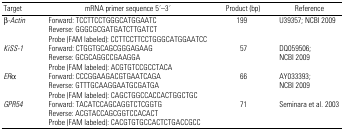
<table><thead><tr><td><b>Target</b></td><td><b>mRNA primer sequence 5′–3′</b></td><td><b>Product (bp)</b></td><td><b>Reference</b></td></tr></thead><tbody><tr><td>β<i>-Actin</i></td><td>Forward: TCCTTCCTGGGCATGGAATC</td><td>199</td><td>U39357; NCBI 2009</td></tr><tr><td></td><td>Reverse: GGGCGCGATGATCTTGATCT</td><td></td><td></td></tr><tr><td></td><td>Probe (FAM labeled): CCTTCCTTCCTGGGCATGGAATCC</td><td></td><td></td></tr><tr><td><i>KiSS-1</i></td><td>Forward: CTGGTGCAGCGGGAGAAG</td><td>57</td><td>DQ059506;</td></tr><tr><td></td><td>Reverse: GCGCAGGCCGAAGGA</td><td></td><td>NCBI 2009</td></tr><tr><td></td><td>Probe (FAM labeled): ACGTGTCCGCCTACA</td><td></td><td></td></tr><tr><td><i>ER</i>α</td><td>Forward: CCCGGAAGACGTGAATCAGA</td><td>66</td><td>AY033393;</td></tr><tr><td></td><td>Reverse: GTTTGCAAGGAATGCGATGA</td><td></td><td>NCBI 2009</td></tr><tr><td></td><td>Probe (FAM labeled): CAGCTGGCCACCACTGGCTGC</td><td></td><td></td></tr><tr><td><i>GPR54</i></td><td>Forward: TACATCCAGCAGGTCTCGGTG</td><td>71</td><td>Seminara et al. 2003</td></tr><tr><td></td><td>Reverse: ACGTACCAGCGGTCCACACT</td><td></td><td></td></tr><tr><td></td><td>Probe (FAM labeled): CACGTGTGCCACTCTGACCGCC</td><td></td><td></td></tr></tbody></table>